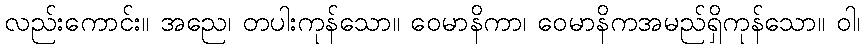
လည်းကောင်း။ အညေ၊ တပါးကုန်သော။ ဝေမာနိကာ၊ ဝေမာနိကအမည်ရှိကုန်သော။ ဝါ၊